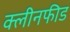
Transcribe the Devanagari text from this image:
क्लीनफीड